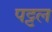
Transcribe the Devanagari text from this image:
पट्टल